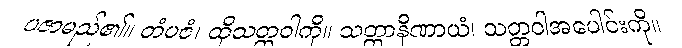
ပဇာမည်၏။ တံပဇံ၊ ထိုသတ္တဝါကို။ သတ္တာနိဏာယံ၊ သတ္တဝါအပေါင်းကို။